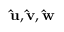
\mathbf { \hat { u } } , \mathbf { \hat { v } } , \mathbf { \hat { w } }